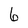
Character: 6